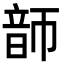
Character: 韴